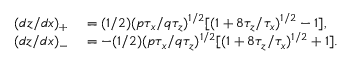
\begin{array} { r l } { ( d z / d x ) _ { + } } & { { } = ( 1 / 2 ) ( p \tau _ { x } / q \tau _ { z } ) ^ { 1 / 2 } [ ( 1 + 8 \tau _ { z } / \tau _ { x } ) ^ { 1 / 2 } - 1 ] , } \\ { ( d z / d x ) _ { - } } & { { } = - ( 1 / 2 ) ( p \tau _ { x } / q \tau _ { z } ) ^ { 1 / 2 } [ ( 1 + 8 \tau _ { z } / \tau _ { x } ) ^ { 1 / 2 } + 1 ] . } \end{array}